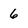
Character: 6